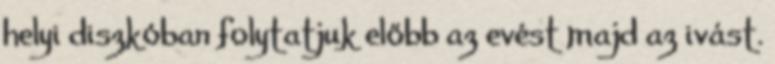
helyi diszkóban folytatjuk előbb az evést majd az ivást.